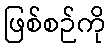
ဖြစ်စဉ်ကို